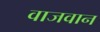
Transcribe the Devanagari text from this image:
वाजवान